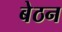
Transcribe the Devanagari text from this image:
बेठन